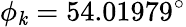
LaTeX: \phi_{\mathit{k}}=54.01979^{\circ}